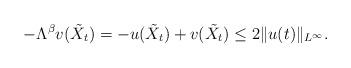
LaTeX: \begin{align*}-\Lambda^\beta v(\tilde{X}_t)=-u(\tilde{X}_t) + v(\tilde{X}_t) \leq 2\|u(t)\|_{L^\infty}.\end{align*}